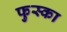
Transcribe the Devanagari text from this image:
फुस्का